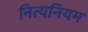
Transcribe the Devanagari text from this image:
नित्यनियम